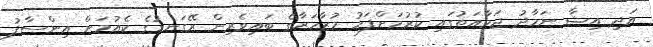
އަދި އިޝާ ނަމާދު ޖަމާއަތުގައި ކުރުމަށްފަހު މުޒާހަރާގެ ބައިވެރިން ރޭގަނޑުގެ ކެއުމަށް އިންސާފު